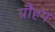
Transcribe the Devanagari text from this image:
ग्रौहम